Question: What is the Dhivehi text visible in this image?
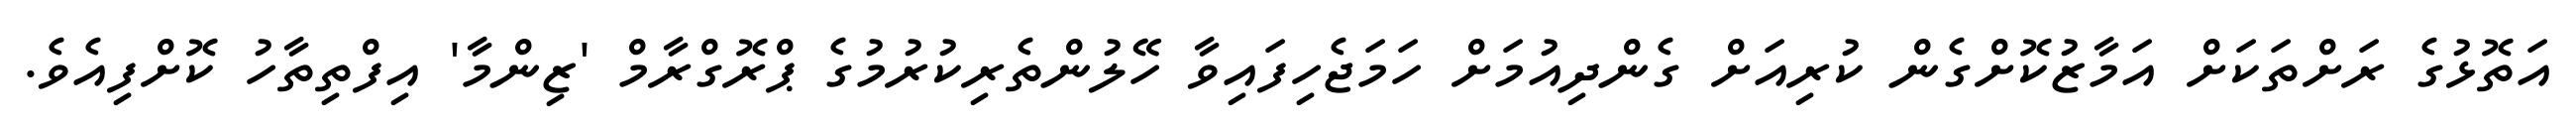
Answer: އަތޮޅުގެ ރަށްތަކަށް އަމާޒުކޮށްގެން ކުރިއަށް ގެންދިއުމަށް ހަމަޖެހިފައިވާ ހޭލުންތެރިކުރުމުގެ ޕްރޮގްރާމް 'ޒިންމާ' އިފްތިތާހު ކޮށްފިއެވެ.